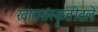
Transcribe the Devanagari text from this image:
खाद्यसंस्कॄतीतले